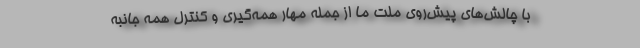
با چالش‌های پیش‌روی ملت ما از جمله مهار همه‌گیری و کنترل همه‌ جانبه